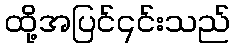
ထို့အပြင်၎င်းသည်